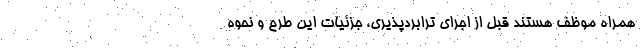
همراه موظف هستند قبل از اجرای ترابردپذیری، جزئیات این طرح و نحوه